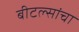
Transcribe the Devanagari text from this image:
बीटल्सांचा